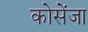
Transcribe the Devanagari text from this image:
कोसेंजा